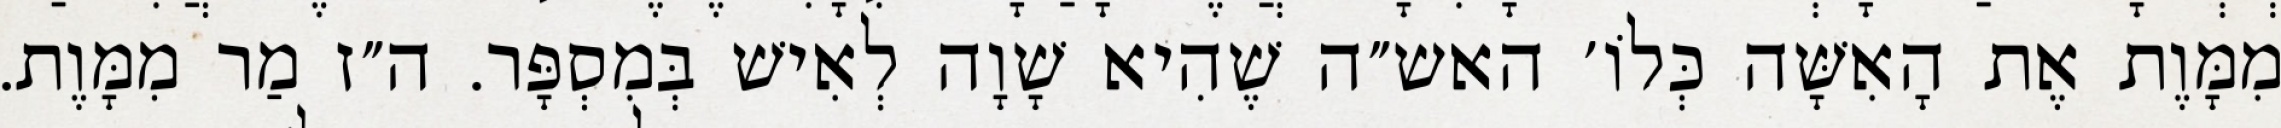
מִמָּוֶת אֶת הָאִשָּׁה כְּלוֹ׳ האש״ה שֶׁהִיא שָׁוָה לְאִישׁ בְּמִסְפָּר. ה״ז מַר מִמָּוֶת.